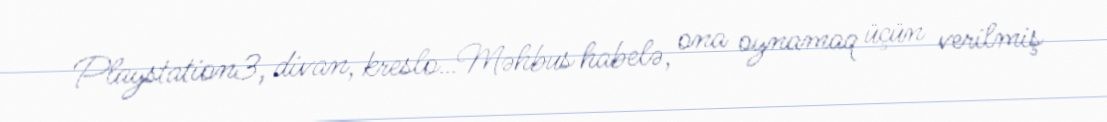
Playstation3, divan, kreslo…Məhbus habelə, ona oynamaq üçün verilmiş